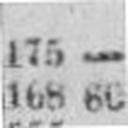
168 60